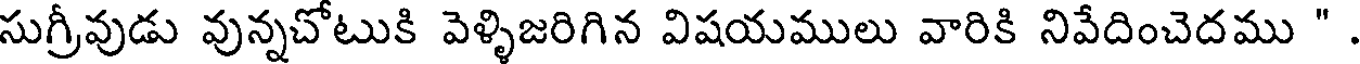
సుగ్రీవుడు వున్నచోటుకి వెళ్ళిజరిగిన విషయములు వారికి నివేదించెదము "